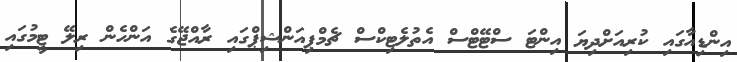
އިންޑިއާގައި ކުރިއަށްދިޔަ އިންޓަ ސްޓޭޓްސް އެތުލެޓިކްސް ޗެމްޕިއަންޝިޕްގައި ރާއްޖޭގެ އަންހެން ރިލޭ ޓީމުގައި